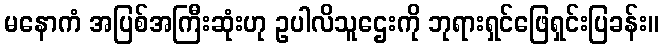
မနောကံ အပြစ်အကြီးဆုံးဟု ဥပါလိသူဌေးကို ဘုရားရှင်ဖြေရှင်းပြခန်း။